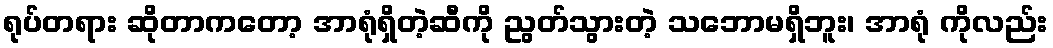
ရုပ်တရား ဆိုတာကတော့ အာရုံရှိတဲ့ဆီကို ညွတ်သွားတဲ့ သဘောမရှိဘူး၊ အာရုံ ကိုလည်း